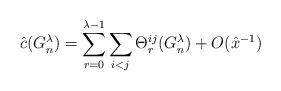
\begin{align*}\hat{c}(G_n^\lambda)=\sum_{r=0}^{\lambda-1} \sum_{i<j} \Theta_r^{ij}(G_n^\lambda) + O(\hat{x}^{-1})\end{align*}